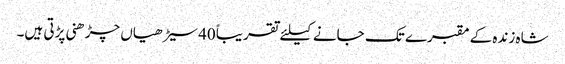
شاہ زندہ کے مقبرے تک جانے کیلئے تقریباً 40سیڑھیاں چڑھنی پڑتی ہیں۔